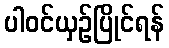
ပါဝင်ယှဉ်ပြိုင်ရန်